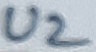
Text: U2